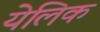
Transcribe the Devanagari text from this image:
येलिक